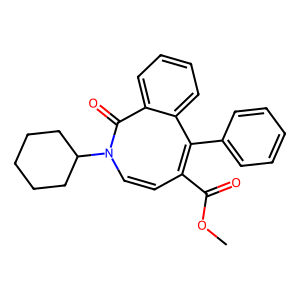
SMILES: COC(=O)C1=C(c2ccccc2)c2ccccc2C(=O)N(C2CCCCC2)C=C1
Inhibits HIV replication: No